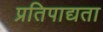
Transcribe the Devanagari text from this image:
प्रतिपाद्यता